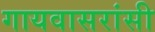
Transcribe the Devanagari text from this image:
गायवासरांसी